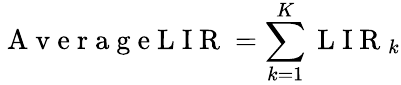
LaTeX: \mathrm{~A~v~e~r~a~g~e~L~I~R~}=\sum_{k=1}^{K}\mathrm{~L~I~R~}_{k}